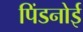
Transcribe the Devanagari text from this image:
पिंडनोई